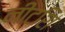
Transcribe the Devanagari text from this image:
नीटशि